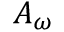
A _ { \omega }